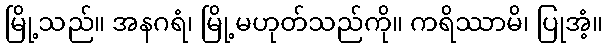
မြို့သည်။ အနဂရံ၊ မြို့မဟုတ်သည်ကို။ ကရိဿာမိ၊ ပြုအံ့။